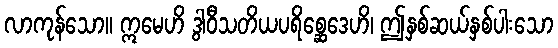
လာကုန်သော။ ဣမေဟိ ဒွါဝီသတိယပရိစ္ဆေဒေဟိ၊ ဤနှစ်ဆယ်နှစ်ပါးသော